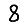
Digit: 8